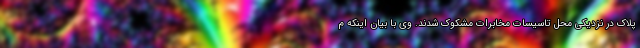
پلاک در نزدیکی محل تاسیسات مخابرات مشکوک شدند. وی با بیان اینکه م